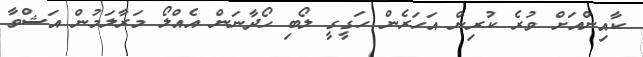
ކާއިންއަށް ވުރެ ކުރިން އަހަރެން ހަގީގީ ލޯބި ހޯދާނަން އެއްލޯ މަރާލަމުން އަޝްވާ